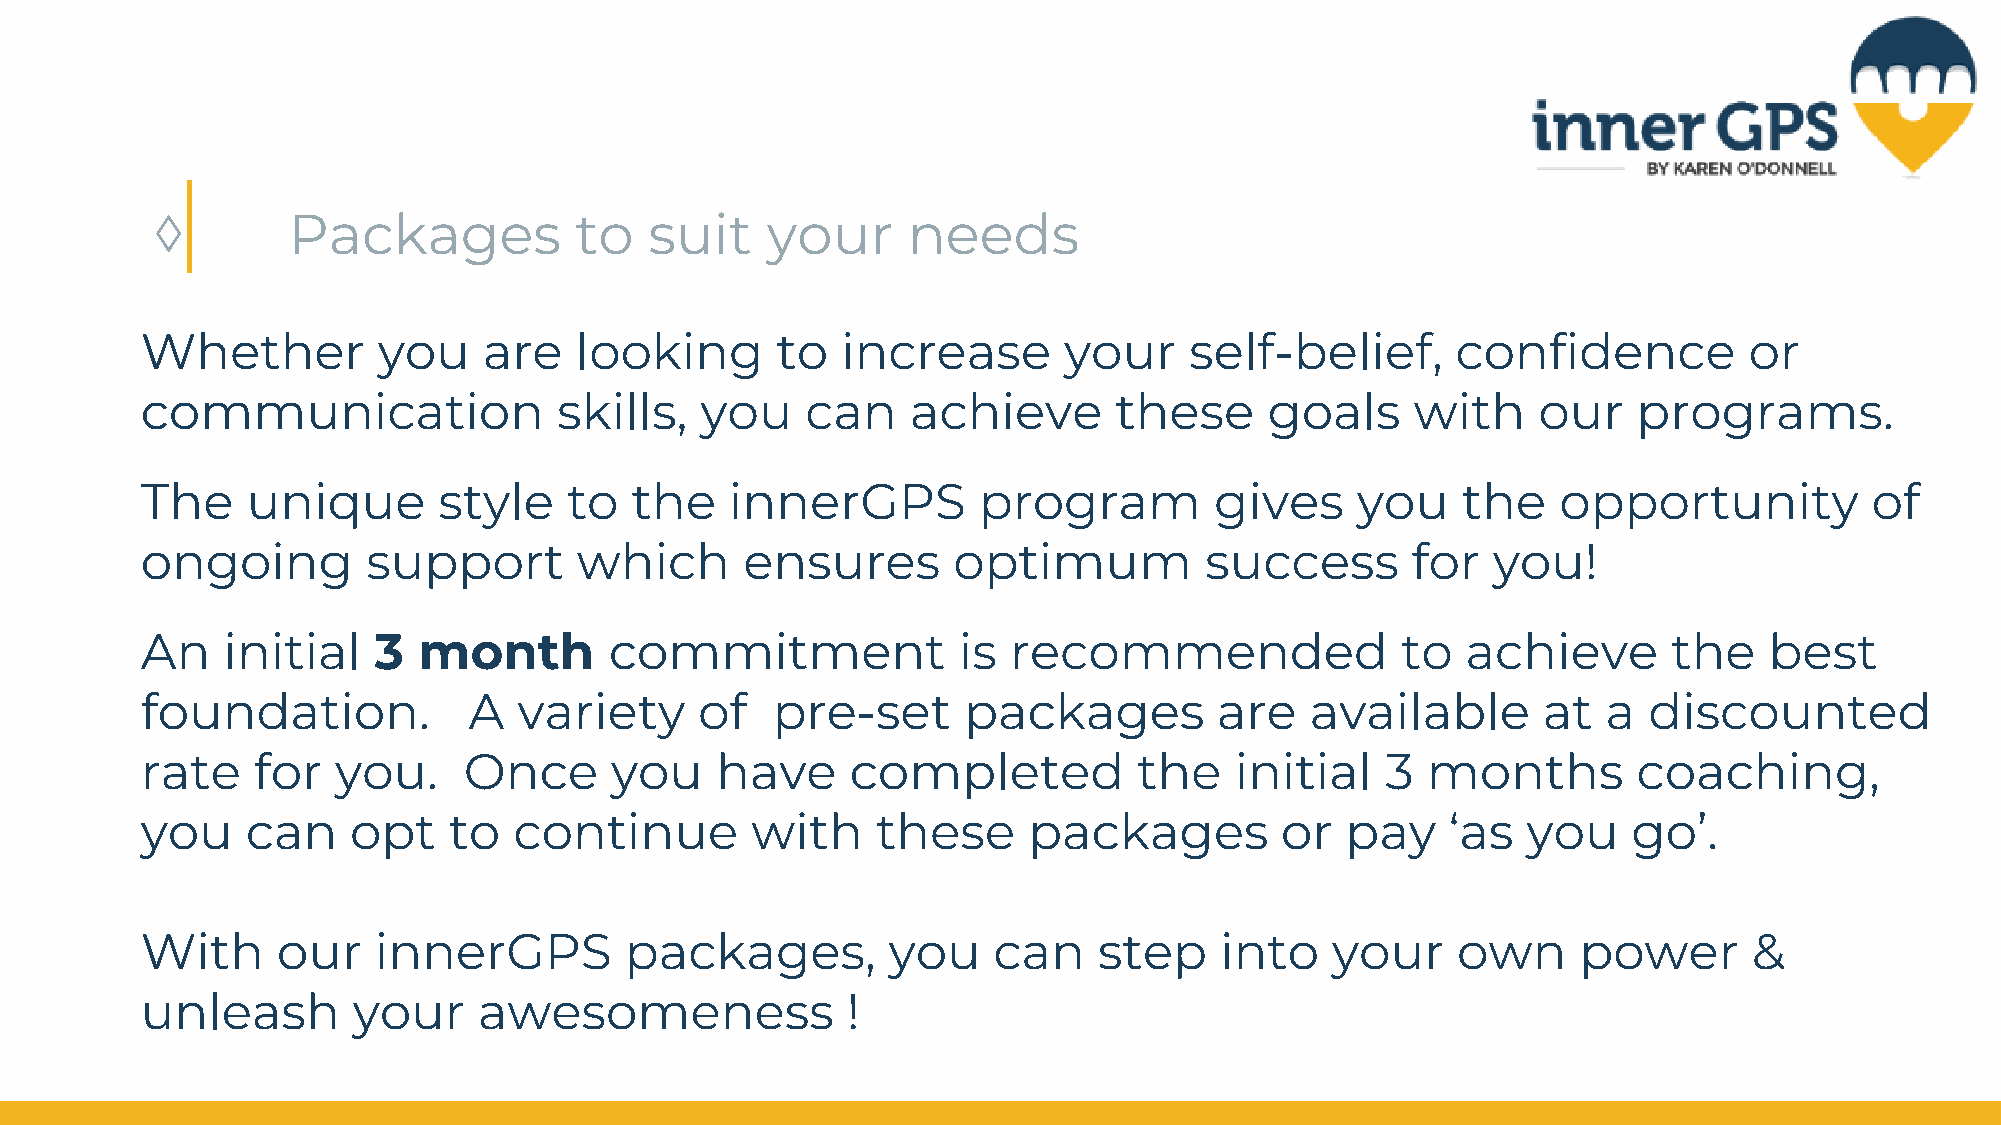
◊        Packages           to   suit    your     needs
 Whether         you    are   looking      to   increase      your     self-belief,     confidence          or
 communication               skills,  you    can    achieve       these     goals     with    our   programs.
 The    unique       style    to  the   innerGPS         program        gives     you    the   opportunity          of
 ongoing        support       which      ensures       optimum          success      for   you!
 An    initial   3  month       commitment             is  recommended               to  achieve       the   best
 foundation.           A  variety     of   pre-set      packages         are   available      at  a  discounted
 rate    for  you.     Once     you    have     completed          the    initial   3 months        coaching,
 you    can    opt    to  continue        with    these     packages         or  pay    ‘as  you    go’.
 With     our    innerGPS        packages,         you    can    step    into   your    own      power      &
 unleash       your     awesomeness             !